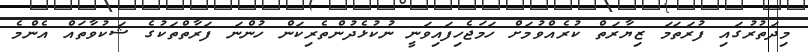
މިދަތުރުގައި ފުރަތަމަ ޒިޔާރަތް ކުރެއްވުމަށް ހަމަޖެހިފައިވަނީ ނުކުޅެދުންތެރިކަން ހުންނަ ފަރާތްތަކުގެ ޝަކުވާތައް އެންމެ